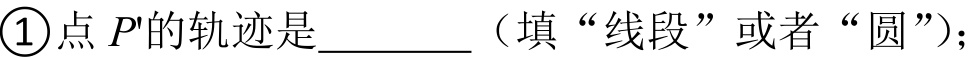
\textcircled{1}点 \(P'\)的轨迹是\(\underline{\quad\quad}\)（填“线段”或者“圆”）；